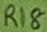
Text: R18